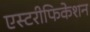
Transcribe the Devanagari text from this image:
एस्टरीफिकेशन